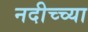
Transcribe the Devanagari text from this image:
नदीच्च्या